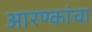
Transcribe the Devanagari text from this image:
आरण्कांचा